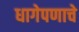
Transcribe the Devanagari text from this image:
धागेपणाचे